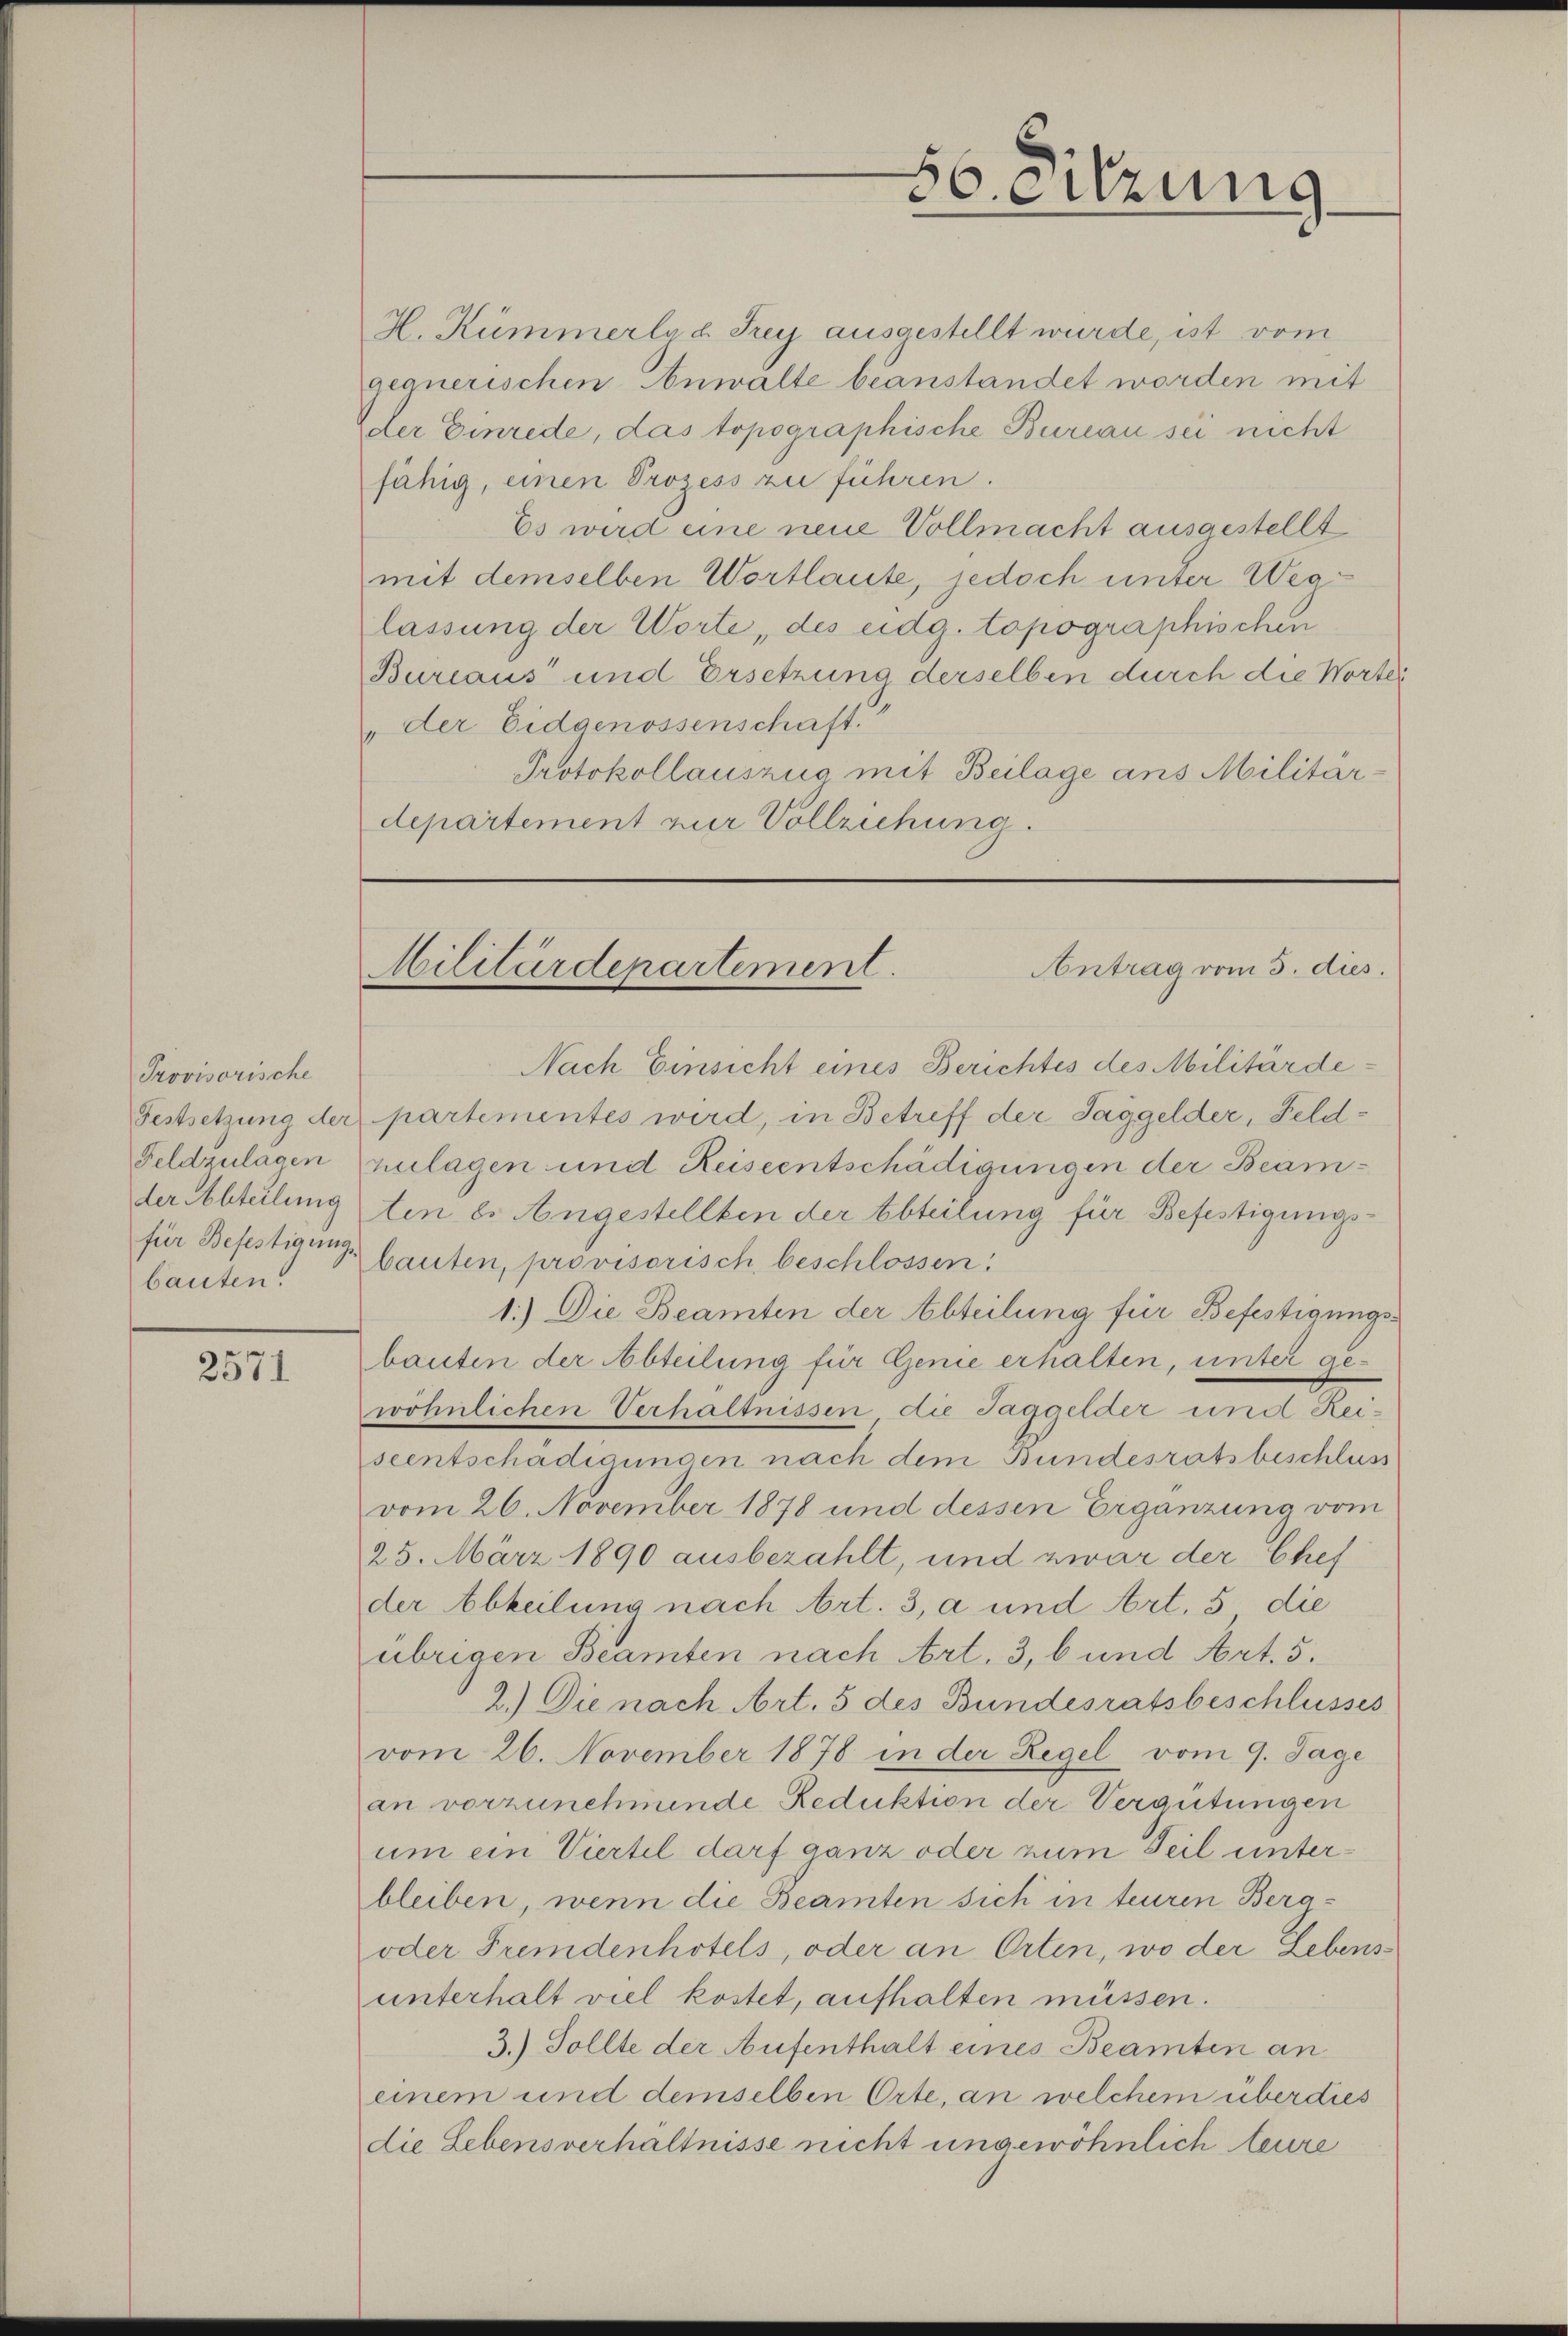
Provisorische
bauten.

2571

H. Kümmerln u. Frey ausgestellt wurde, ist vom
gegnerischen Anwalte beanstandet worden mit
der Einrede, das topographische Bureau sei nicht
fähig, einen Prozess zu führen.
Es wird eine neue Vollmacht ausgestellt
mit demselben Wortlaute, jedoch unter Weglassung der Worte, des eidg. topographischen
Bureaus und Ersetzung derselben durch die Wortei
"der Eidgenossenschaft.
Protokollauszug mit Beilage ans Militär-
departement zur Vollziehung.

86. Sitzung

Antrag vom 5. dies
Militärdepartement.

Nach Einsicht eines Berichtes des Militärde¬
Festsetzung der partementes wird, in Betreff der Taggelder, Feld¬
Feldzulagen zulagen und Reiseentschädigungen der Beamlebstelung ten 8. Angestellten der Abteilung für Befestigungsfür Befestigung lauten, provisorisch beschlossen:
1.) Die Beamten der Abteilung für Befestigungsbauten der Abteilung für Genie erhalten, unter gewöhnlichen Verhältnissen die Taggelder und Reiseentschädigungen nach dem Bundesratsbeschluss
vom 26. November 1878 und dessen Ergänzung vom
25. März 1890 ausbezahlt, und zwar der Chef
der Abteilung nach Art. 3, a und Art. 5 die
übrigen Beamten nach Art. 3, 6 und Art. 5.
2.) Die nach Art. 5 des Bundesratsbeschlusses
vom 26. November 1878 in der Regel vom 9. Jage
an vorzunehmende Reduktion der Vergütungen
um ein Viertel darf ganz oder zum Teil unterbleiben, wenn die Beamten sich in teuren Berg¬
oder Fremdenhotels, oder an Orten, wo der Lebensunterhalt viel kostet, aufhalten müssen.
3.) Sollte der Aufenthalt eines Beamten an
einem und demselben Orte, an welchem überdies
die Lebensverhältnisse nicht ungewöhnlich teure